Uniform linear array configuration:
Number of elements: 24
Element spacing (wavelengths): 0.25
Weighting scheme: uniform
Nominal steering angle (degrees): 0
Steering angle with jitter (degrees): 0.0909
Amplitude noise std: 0.05
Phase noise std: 0.05

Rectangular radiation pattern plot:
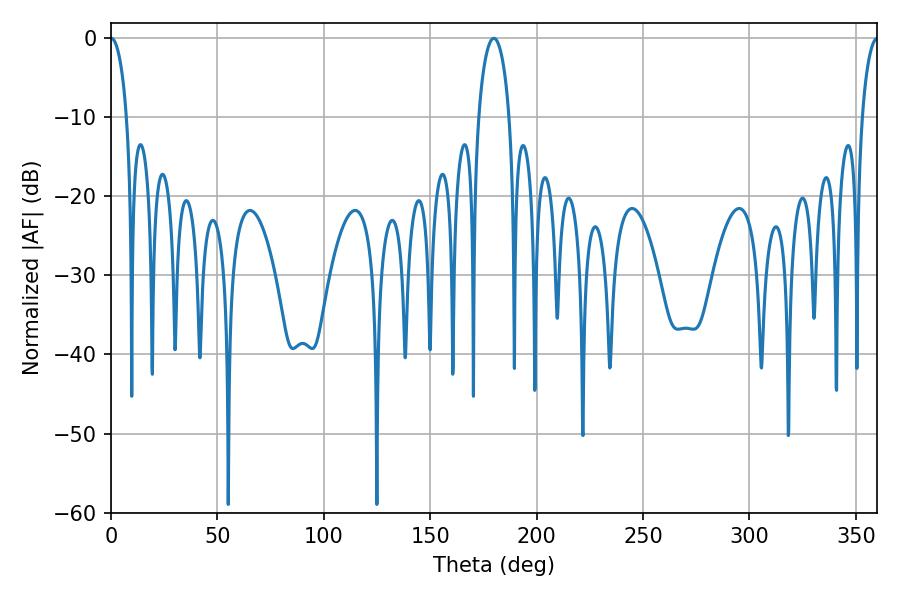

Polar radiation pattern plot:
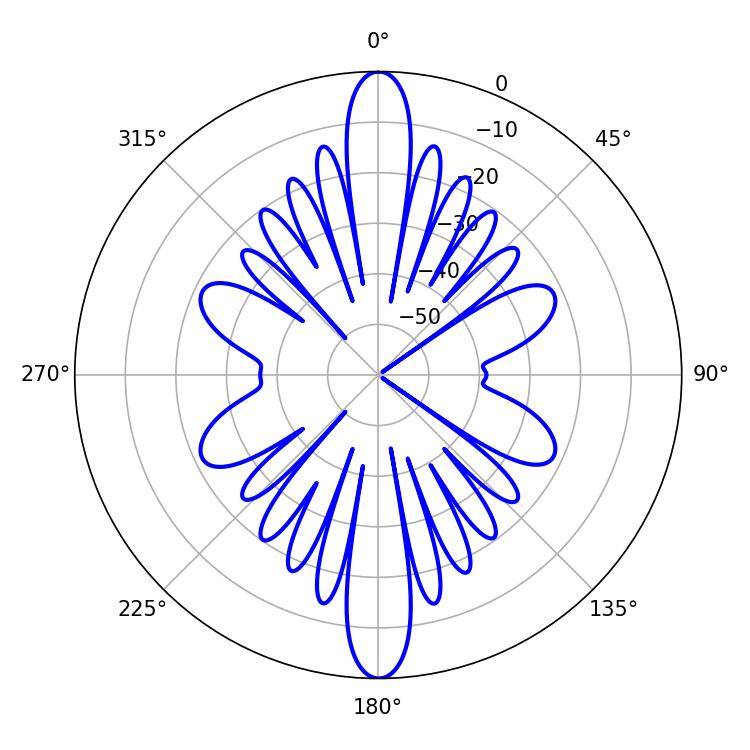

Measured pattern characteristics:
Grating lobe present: FALSE
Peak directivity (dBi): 34.914
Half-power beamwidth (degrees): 4.32
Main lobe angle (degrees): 0.18